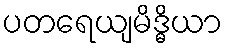
ပတရေယျမိဒ္ဓိယာ